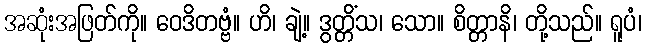
အဆုံးအဖြတ်ကို။ ဝေဒိတဗ္ဗံ။ ဟိ၊ ချဲ့။ ဒွတ္တိံသ၊ သော။ စိတ္တာနိ၊ တို့သည်။ ရူပံ၊